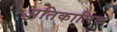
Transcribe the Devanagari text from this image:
अतिकालिक